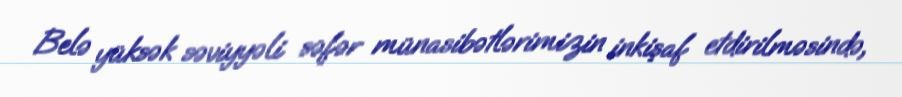
Belə yüksək səviyyəli səfər münasibətlərimizin inkişaf etdirilməsində,